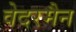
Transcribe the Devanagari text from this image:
वेदरमैन